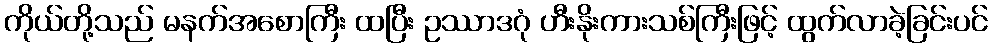
ကိုယ်တို့သည် မနက်အစောကြီး ထပြီး ဥဿာဒဂုံ ဟီးနိုးကားသစ်ကြီးဖြင့် ထွက်လာခဲ့ခြင်းပင်